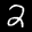
Label: 2